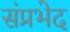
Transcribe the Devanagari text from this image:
संप्रभेद